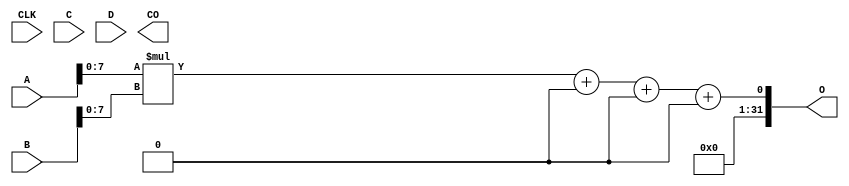
module QL_DSP (
    input CLK,
    input [15:0] A, B, C, D,
    output [31:0] O,
    output CO 
);
    parameter [0:0] A_REG = 0;
    parameter [0:0] B_REG = 0;
    parameter [0:0] C_REG = 0;
    parameter [0:0] D_REG = 0;
    parameter [0:0] ENABLE_DSP = 0;
    parameter [0:0] A_SIGNED = 0;
    parameter [0:0] B_SIGNED = 0;
    wire [15:0] iA, iB, iC, iD;
    wire [15:0] iF, iJ, iK, iG;
    reg [15:0] rC, rA;
    assign iC = C_REG ? rC : C;
    assign iA = A_REG ? rA : A;
    reg [15:0] rB, rD;
    assign iB = B_REG ? rB : B;
    assign iD = D_REG ? rD : D;
    wire [15:0] p_Ah_Bh, p_Al_Bh, p_Ah_Bl, p_Al_Bl;
    wire [15:0] Ah, Al, Bh, Bl;
    assign Ah = {A_SIGNED ? {8{iA[15]}} : 8'b0, iA[15: 8]};
    assign Al = {8'b0, iA[ 7: 0]};
    assign Bh = {B_SIGNED ? {8{iB[15]}} : 8'b0, iB[15: 8]};
    assign Bl = {8'b0, iB[ 7: 0]};
    assign p_Ah_Bh = Ah * Bh; 
    assign p_Al_Bh = {8'b0, Al[7:0]} * Bh; 
    assign p_Ah_Bl = Ah * {8'b0, Bl[7:0]}; 
    assign p_Al_Bl = Al * Bl; 
    assign iF = p_Ah_Bh;
    assign iJ = p_Al_Bh;
    assign iK = p_Ah_Bl;
    assign iG = p_Al_Bl;
    wire [23:0] iK_e = {A_SIGNED ? {8{iK[15]}} : 8'b0, iK};
    wire [23:0] iJ_e = {B_SIGNED ? {8{iJ[15]}} : 8'b0, iJ};
    assign iL = iG + (iK_e << 8) + (iJ_e << 8) + (iF << 16);
    assign O = iL;
endmodule